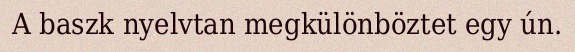
A baszk nyelvtan megkülönböztet egy ún.